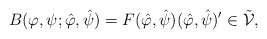
\begin{align*}B(\varphi, \psi; \hat{\varphi}, \hat{\psi}) = F(\hat{\varphi}, \hat{\psi}) (\hat{\varphi}, \hat{\psi})' \in \tilde{\mathcal{V}},\end{align*}